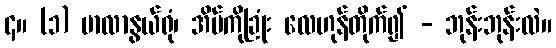
၄။ (၁) မာလာနွယ်ရုံ၊ အိမ်ကိုခြုံး လေဟုန်တိုက်၍ - ဘုန်းဘုန်းလဲ။